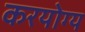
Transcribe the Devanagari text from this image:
करयोग्य